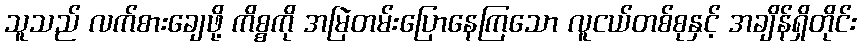
သူသည် လက်စားချေဖို့ ကိစ္စကို အမြဲတမ်းပြောနေကြသော လူငယ်တစ်စုနှင့် အချိန်ရှိတိုင်း